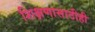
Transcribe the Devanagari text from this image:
शिक्षणासाठीही